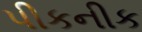
પીકનીક